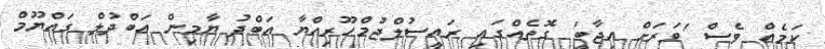
ކަމެއް ވެސް 'ވަރަށް އިޖާބީ' ގޮތެއްގައި ރައީސުލްޖުމްހޫރިއްޔާ އަބްދު ޔާމިން އަބްދުލް ގައްޔޫމް